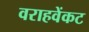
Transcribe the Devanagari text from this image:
वराहवेंकट